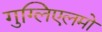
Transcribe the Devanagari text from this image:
गुग्लिएलमो